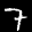
Label: 7